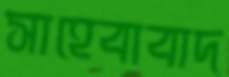
সাহেবাবাদ